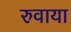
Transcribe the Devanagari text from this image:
रुवाया